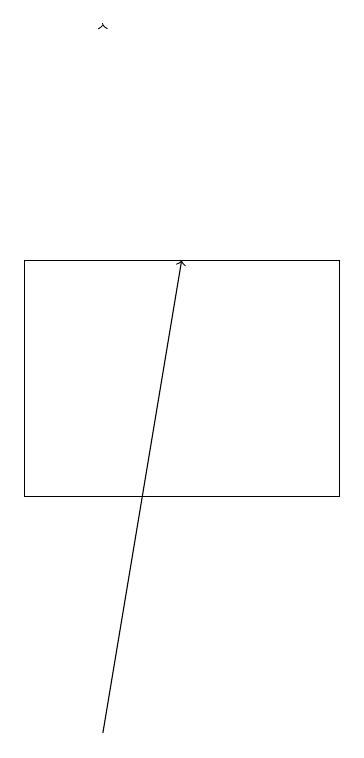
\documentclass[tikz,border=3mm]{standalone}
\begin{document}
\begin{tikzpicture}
\draw (8,13) rectangle (4,16);
\draw[->] (5,19) -- (5,19);
\draw[->] (5,10) -- (6,16);
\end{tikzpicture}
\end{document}